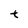
Character: t